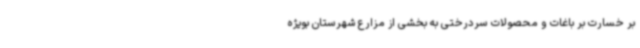
بر خسارت بر باغات و محصولات سردرختی به بخشی از مزارع شهرستان بویژه